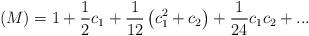
LaTeX: \begin{align*}(M)=1+\frac{1}{2}c_1+\frac{1}{12}\left(c_1^2+c_2\right)+\frac{1}{24}c_1c_2+...\end{align*}